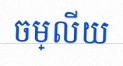
ចម្លើយ